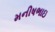
મનીષભાઇ